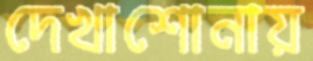
দেখাশোনায়